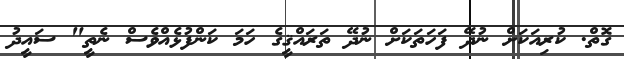
ގޮތް. ކުރިއަކަށް ނުދޭ ފަހަތަކަށް ނުދޭ ތަރައްޤީގެ ހަމަ ކަންފުޅެއްވެސް ނެތީ" ސައީދު